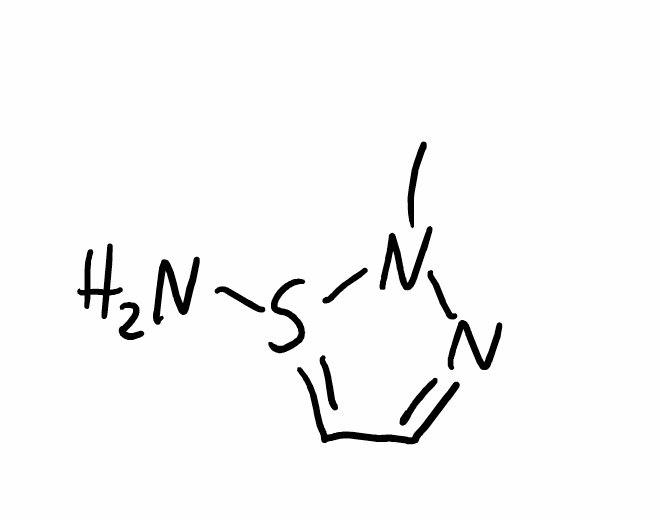
Simplified molecular-input line-entry system (SMILES) notation of the given molecule:
CN1N=CC=S1N